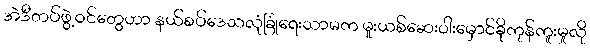
အဲဒီတပ်ဖွဲ့ဝင်တွေဟာ နယ်စပ်ဒေသလုံခြုံရေးသာမက မူးယစ်ဆေးဝါးမှောင်ခိုကုန်ကူးမှုလို